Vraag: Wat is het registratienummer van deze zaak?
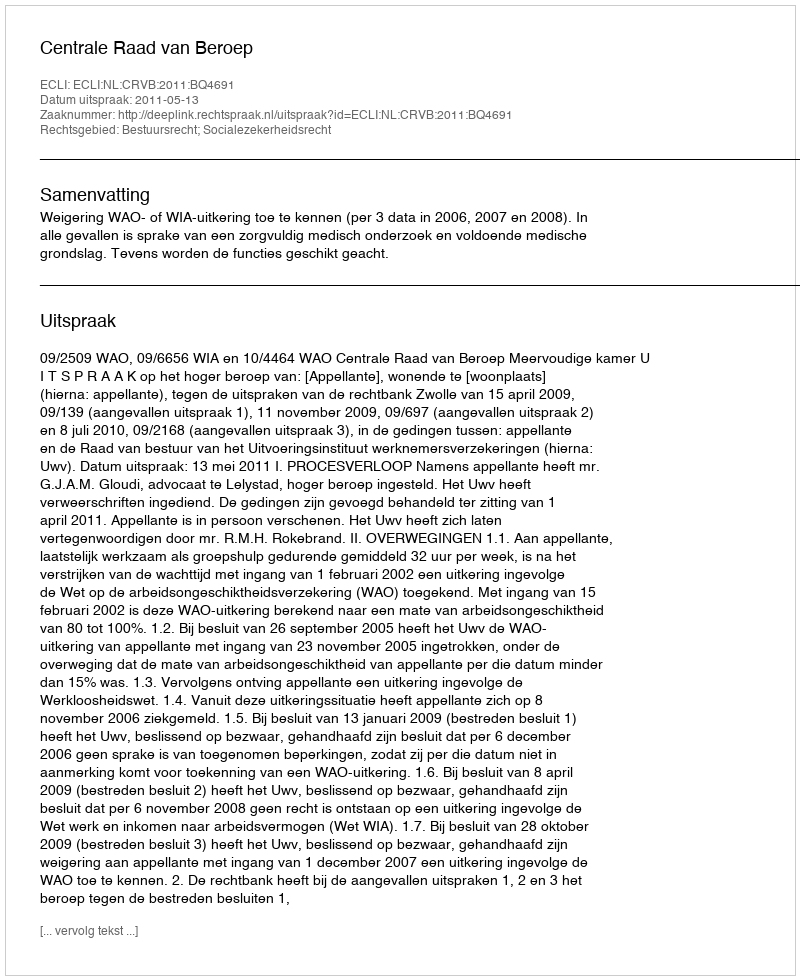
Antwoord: http://deeplink.rechtspraak.nl/uitspraak?id=ECLI:NL:CRVB:2011:BQ4691